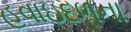
હવાઇદળના